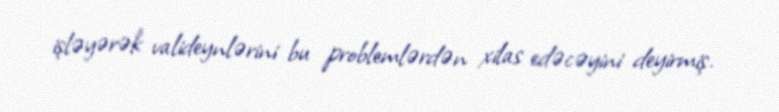
işləyərək valideynlərini bu problemlərdən xilas edəcəyini deyirmiş.